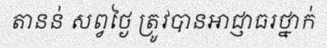
តានន់ សព្វថ្ងៃ ត្រូវបានអាជ្ញាធរថ្នាក់